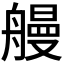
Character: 𫇞